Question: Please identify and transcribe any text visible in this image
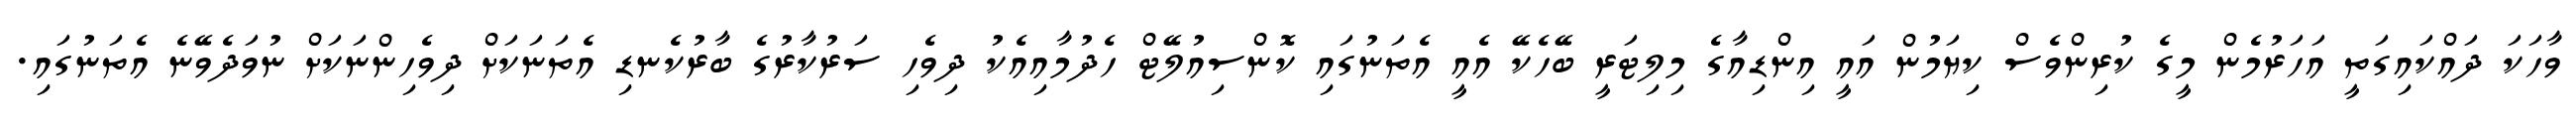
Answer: ވާހަކަ ދައްކައިގަތީ އަހަރުމެން މީގެ ކުރިންވެސް ކިޔަމުން އައީ އިންޑިއާގެ މިލިޓަރީ ބޭހެކޭ އެއީ އެތަނުގައި ކޮންސިއުލޭޓް ހެދުމާއިއެކު ދިވެހި ސަރުކާރުގެ ބާރުކެނޑި އެތަނަކަށް ދިވެހިންނަކަށް ނުވަދެވޭނެ އެތަނުގައި.